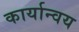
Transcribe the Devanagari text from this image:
कार्यान्वय